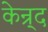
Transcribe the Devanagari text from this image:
केन्र्द